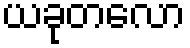
ယခုတလော